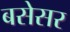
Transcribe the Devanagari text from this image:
बसेसर